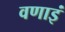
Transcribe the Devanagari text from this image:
वणाइं